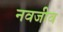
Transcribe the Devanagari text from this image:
नवजीव